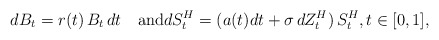
\begin{align*} dB_t=r(t)\,B_t\, dt\quad\textrm{and}dS_t^H=(a(t)dt+\sigma\,dZ^H_t)\, S_t^H,t\in[0,1],\end{align*}